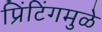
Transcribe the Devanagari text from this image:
प्रिंटिंगमुळे